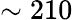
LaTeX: \sim 210